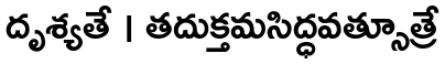
దృశ్యతే । తదుక్తమసిద్ధవత్సూత్రే